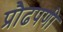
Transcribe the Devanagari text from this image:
प्रौढपणी